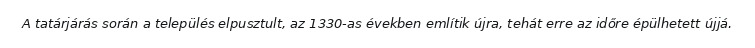
A tatárjárás során a település elpusztult, az 1330-as években említik újra, tehát erre az időre épülhetett újjá.